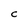
Character: C